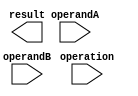
module floating_point_unit (
    input wire [31:0] operandA,
    input wire [31:0] operandB,
    input wire operation,
    output wire [31:0] result
);

reg [30:0] mantissaA;
reg [7:0] exponentA;
reg signA;
reg [30:0] mantissaB;
reg [7:0] exponentB;
reg signB;
reg [30:0] mantissaResult;
reg [7:0] exponentResult;
reg signResult;

// Convert operands to IEEE 754 format
// Code for conversion is not provided here
// Assume operands are already in IEEE 754 format

// Perform arithmetic operation based on operation input
always @* begin
    case(operation)
        2'b00: 
            begin // addition
                // Perform addition operation
                // Code for addition is not provided here
            end
        2'b01: 
            begin // subtraction
                // Perform subtraction operation
                // Code for subtraction is not provided here
            end
        2'b10: 
            begin // multiplication
                // Perform multiplication operation
                // Code for multiplication is not provided here
            end
        2'b11: 
            begin // division
                // Perform division operation
                // Code for division is not provided here
            end
        default: 
            begin // default to addition
                // Perform addition operation
                // Code for addition is not provided here
            end
    endcase
end

// Convert result back to standard format

assign result = {signResult, exponentResult, mantissaResult};

endmodule